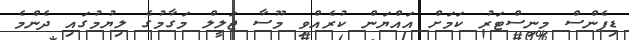
ޑިފެންސް މިނިސްޓަރު ކަމަށް އައްޔަން ކުރެއްވި މޫސާ ޖަލީލް މަގާމުގެ ލިޔުމުގައި ދެންމެ